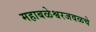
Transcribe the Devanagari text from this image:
महाबळेश्वरजवळचे